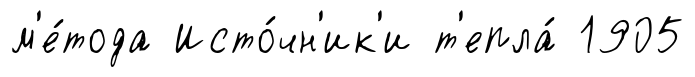
м'е́тода Исто́чн'ик'и т'епла́ 1905